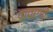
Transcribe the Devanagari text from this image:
वावरणे